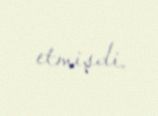
etmişdi.